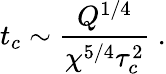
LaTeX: t_{c}\sim\frac{Q^{1/4}}{\chi^{5/4}\tau_{c}^{2}}\; .